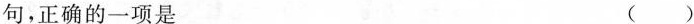
句，正确的一项是 ( )